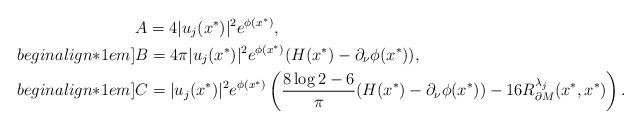
LaTeX: \begin{align*}&A = 4 |u_j(x^*)|^2e^{\phi(x^*)},\\begin{align*}1em]&B = 4 \pi |u_j(x^*)|^2e^{\phi(x^*)} (H(x^*)-\partial_{\nu}\phi(x^*)),\\begin{align*}1em]&C = |u_j(x^*)|^2 e^{\phi(x^*)} \left( \frac{8\log 2 - 6}{\pi}(H(x^*)-\partial_{\nu}\phi(x^*)) - 16R_{\partial M}^{\lambda_j}(x^*,x^*) \right).\end{align*}